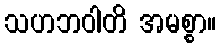
သဟဘဝါတိ အမစ္စာ။